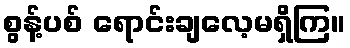
စွန့်ပစ် ရောင်းချလေ့မရှိကြ။